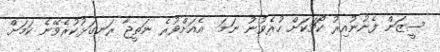
ސީޒަން ފެށުނުއިރު ކޯޗަކަށް ހުރެވުނު ނަމަ  އެއަށްވުރެ ނަތީޖާ ރަނގަޅުކުރެވޭނެ ކަމަށް